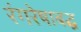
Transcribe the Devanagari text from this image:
रंगरेषाबद्ध